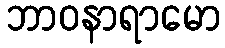
ဘာဝနာရာမော